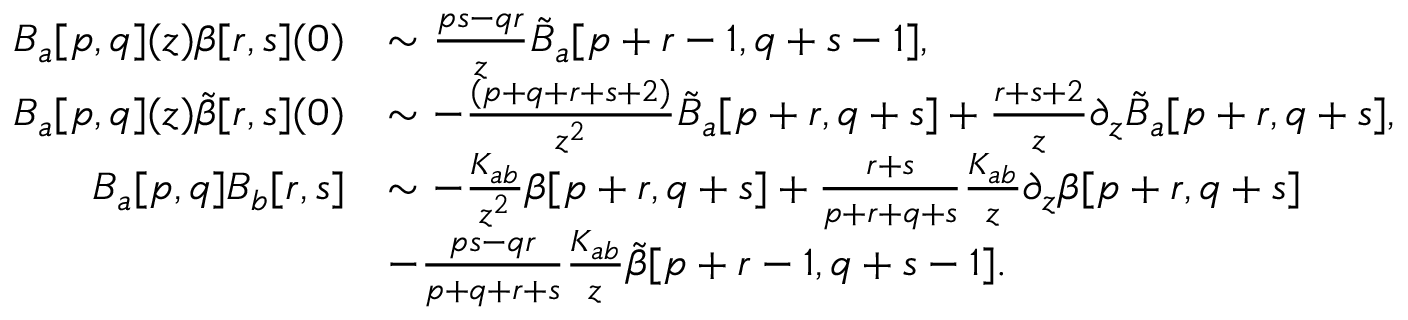
\begin{array} { r l } { B _ { a } [ p , q ] ( z ) \beta [ r , s ] ( 0 ) } & { \sim \frac { p s - q r } { z } \tilde { B } _ { a } [ p + r - 1 , q + s - 1 ] , } \\ { B _ { a } [ p , q ] ( z ) \tilde { \beta } [ r , s ] ( 0 ) } & { \sim - \frac { ( p + q + r + s + 2 ) } { z ^ { 2 } } \tilde { B } _ { a } [ p + r , q + s ] + \frac { r + s + 2 } { z } \partial _ { z } \tilde { B } _ { a } [ p + r , q + s ] , } \\ { B _ { a } [ p , q ] B _ { b } [ r , s ] } & { \sim - \frac { K _ { a b } } { z ^ { 2 } } \beta [ p + r , q + s ] + \frac { r + s } { p + r + q + s } \frac { K _ { a b } } { z } \partial _ { z } \beta [ p + r , q + s ] } \\ & { - \frac { p s - q r } { p + q + r + s } \frac { K _ { a b } } { z } \tilde { \beta } [ p + r - 1 , q + s - 1 ] . } \end{array}